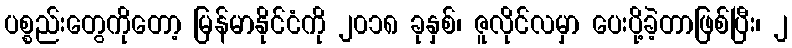
ပစ္စည်းတွေကိုတော့ မြန်မာနိုင်ငံကို ၂၀၁၈ ခုနှစ်၊ ဇူလိုင်လမှာ ပေးပို့ခဲ့တာဖြစ်ပြီး၊ ၂